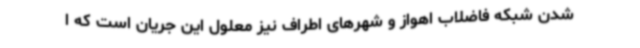
شدن شبکه فاضلاب اهواز و شهرهای اطراف نیز معلول این جریان است که ا